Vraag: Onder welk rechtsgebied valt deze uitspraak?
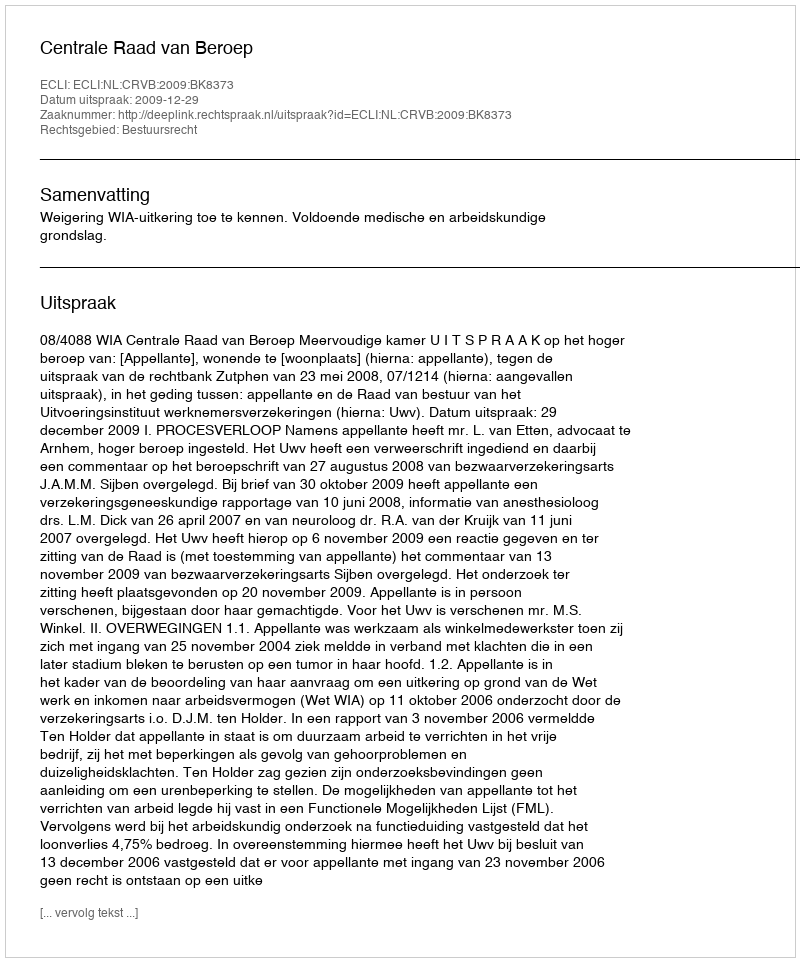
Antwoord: Bestuursrecht